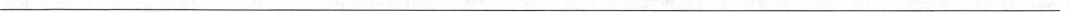
___